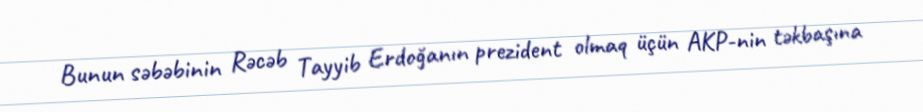
Bunun səbəbinin Rəcəb Tayyib Erdoğanın prezident olmaq üçün AKP-nin təkbaşına